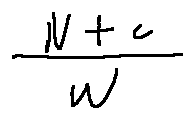
\frac { N + c } { w }